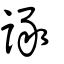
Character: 諑